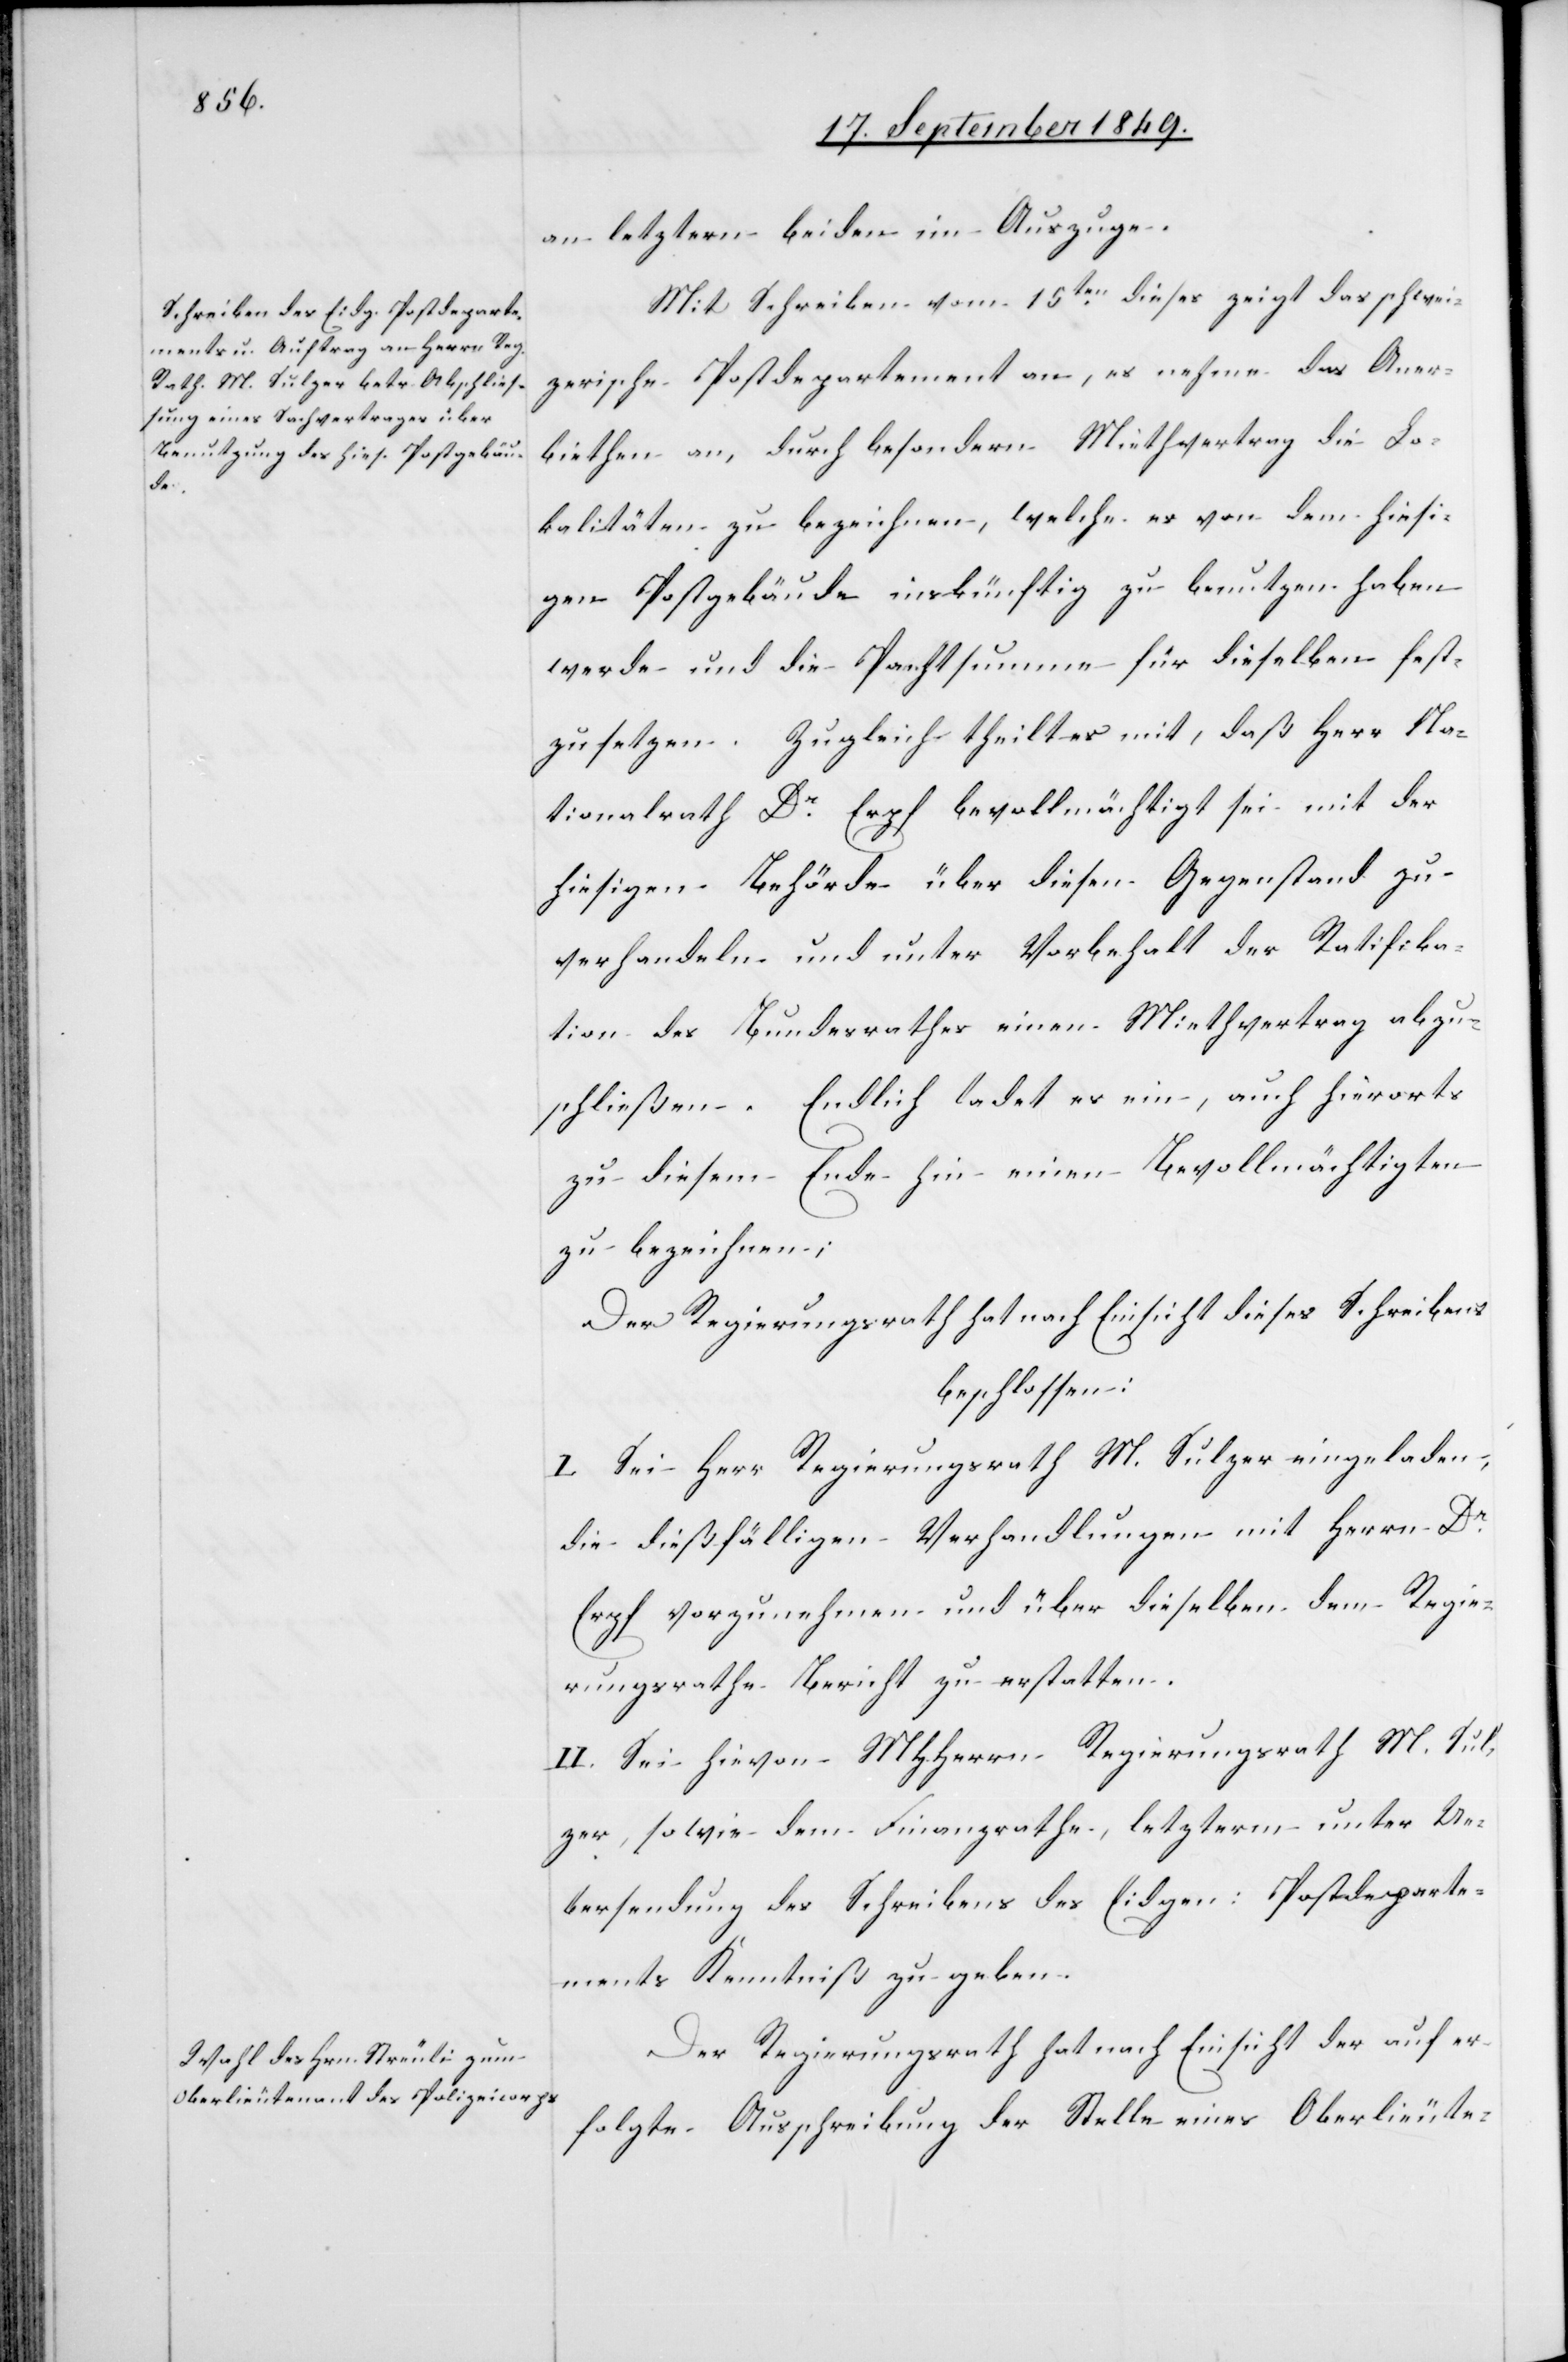
an letztern beiden im Auszuge.
Mit Schreiben vom 15ten dieses zeigt das schwei¬
zerische Postdepartement an, es nehme das Aner¬
biethen an, durch besondern Miethvertrag die Lo¬
kalitäten zu bezeichnen, welche es von dem hiesi¬
gen Postgebäude inskünftig zu benutzen haben
werde und die Pachtsumme für dieselben fest¬
zusetzen. Zugleich theilt es mit, daß Herr Na¬
tionalrath Dr Erpf bevollmächtigt sei mit der
hiesigen Behörde über diesen Gegenstand zu
verhandeln und unter Vorbehalt der Ratifika¬
tion des Bundessrathes einen Miethvertrag abzu¬
schließen. Endlich ladet es ein, auch hierorts
zu diesem Ende hin einen Bevollmächtigten
zu bezeichnen;
Der Regierungsrath hat nach Einsicht dieses Schreibens
beschlossen:
I. Sei Herr Regierungsrath M. Sulzer eingeladen,
die dießfälligen Verhandlungen mit Herrn Dr
Erpf vorzunehmen und über dieselben dem Regie¬
rungsrathe Bericht zu erstatten.
II. Sei hievon MHHerrn Regierungsrath M. Sul¬
zer, sowie dem Finanzrathe, letzterm unter Ue¬
bersendung des Schreibens des Eidgen. Postdeparte¬
ments Kenntniß zu geben.
Der Regierungsrath hat nach Einsicht der auf er¬
folgte Ausschreibung der Stelle eines Oberlieute-